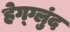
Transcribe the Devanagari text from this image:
हेग्ग्लुंद